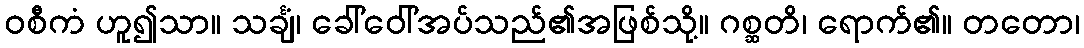
ဝစီကံ ဟူ၍သာ။ သင်္ချံ၊ ခေါ်ဝေါ်အပ်သည်၏အဖြစ်သို့။ ဂစ္ဆတိ၊ ရောက်၏။ တတော၊